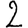
Digit: 2